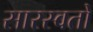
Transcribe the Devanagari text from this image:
सारस्वतों